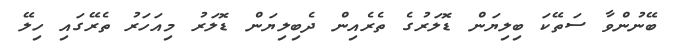
ބޭނުންވާ ސަތޭކަ ބިލިޔަން ޑޮލަރުގެ ތެރެއިން ދެބިލިޔަން ޑޮލަރު މިއަހަރު ތެރޭގައި ހިލޭ